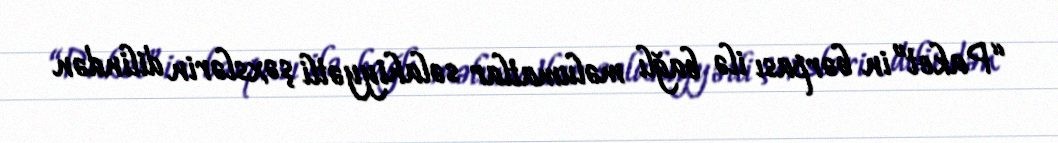
“Paket”in bərpası ilə bağlı məlumatlar səlahiyyətli şəxslərin dilindən